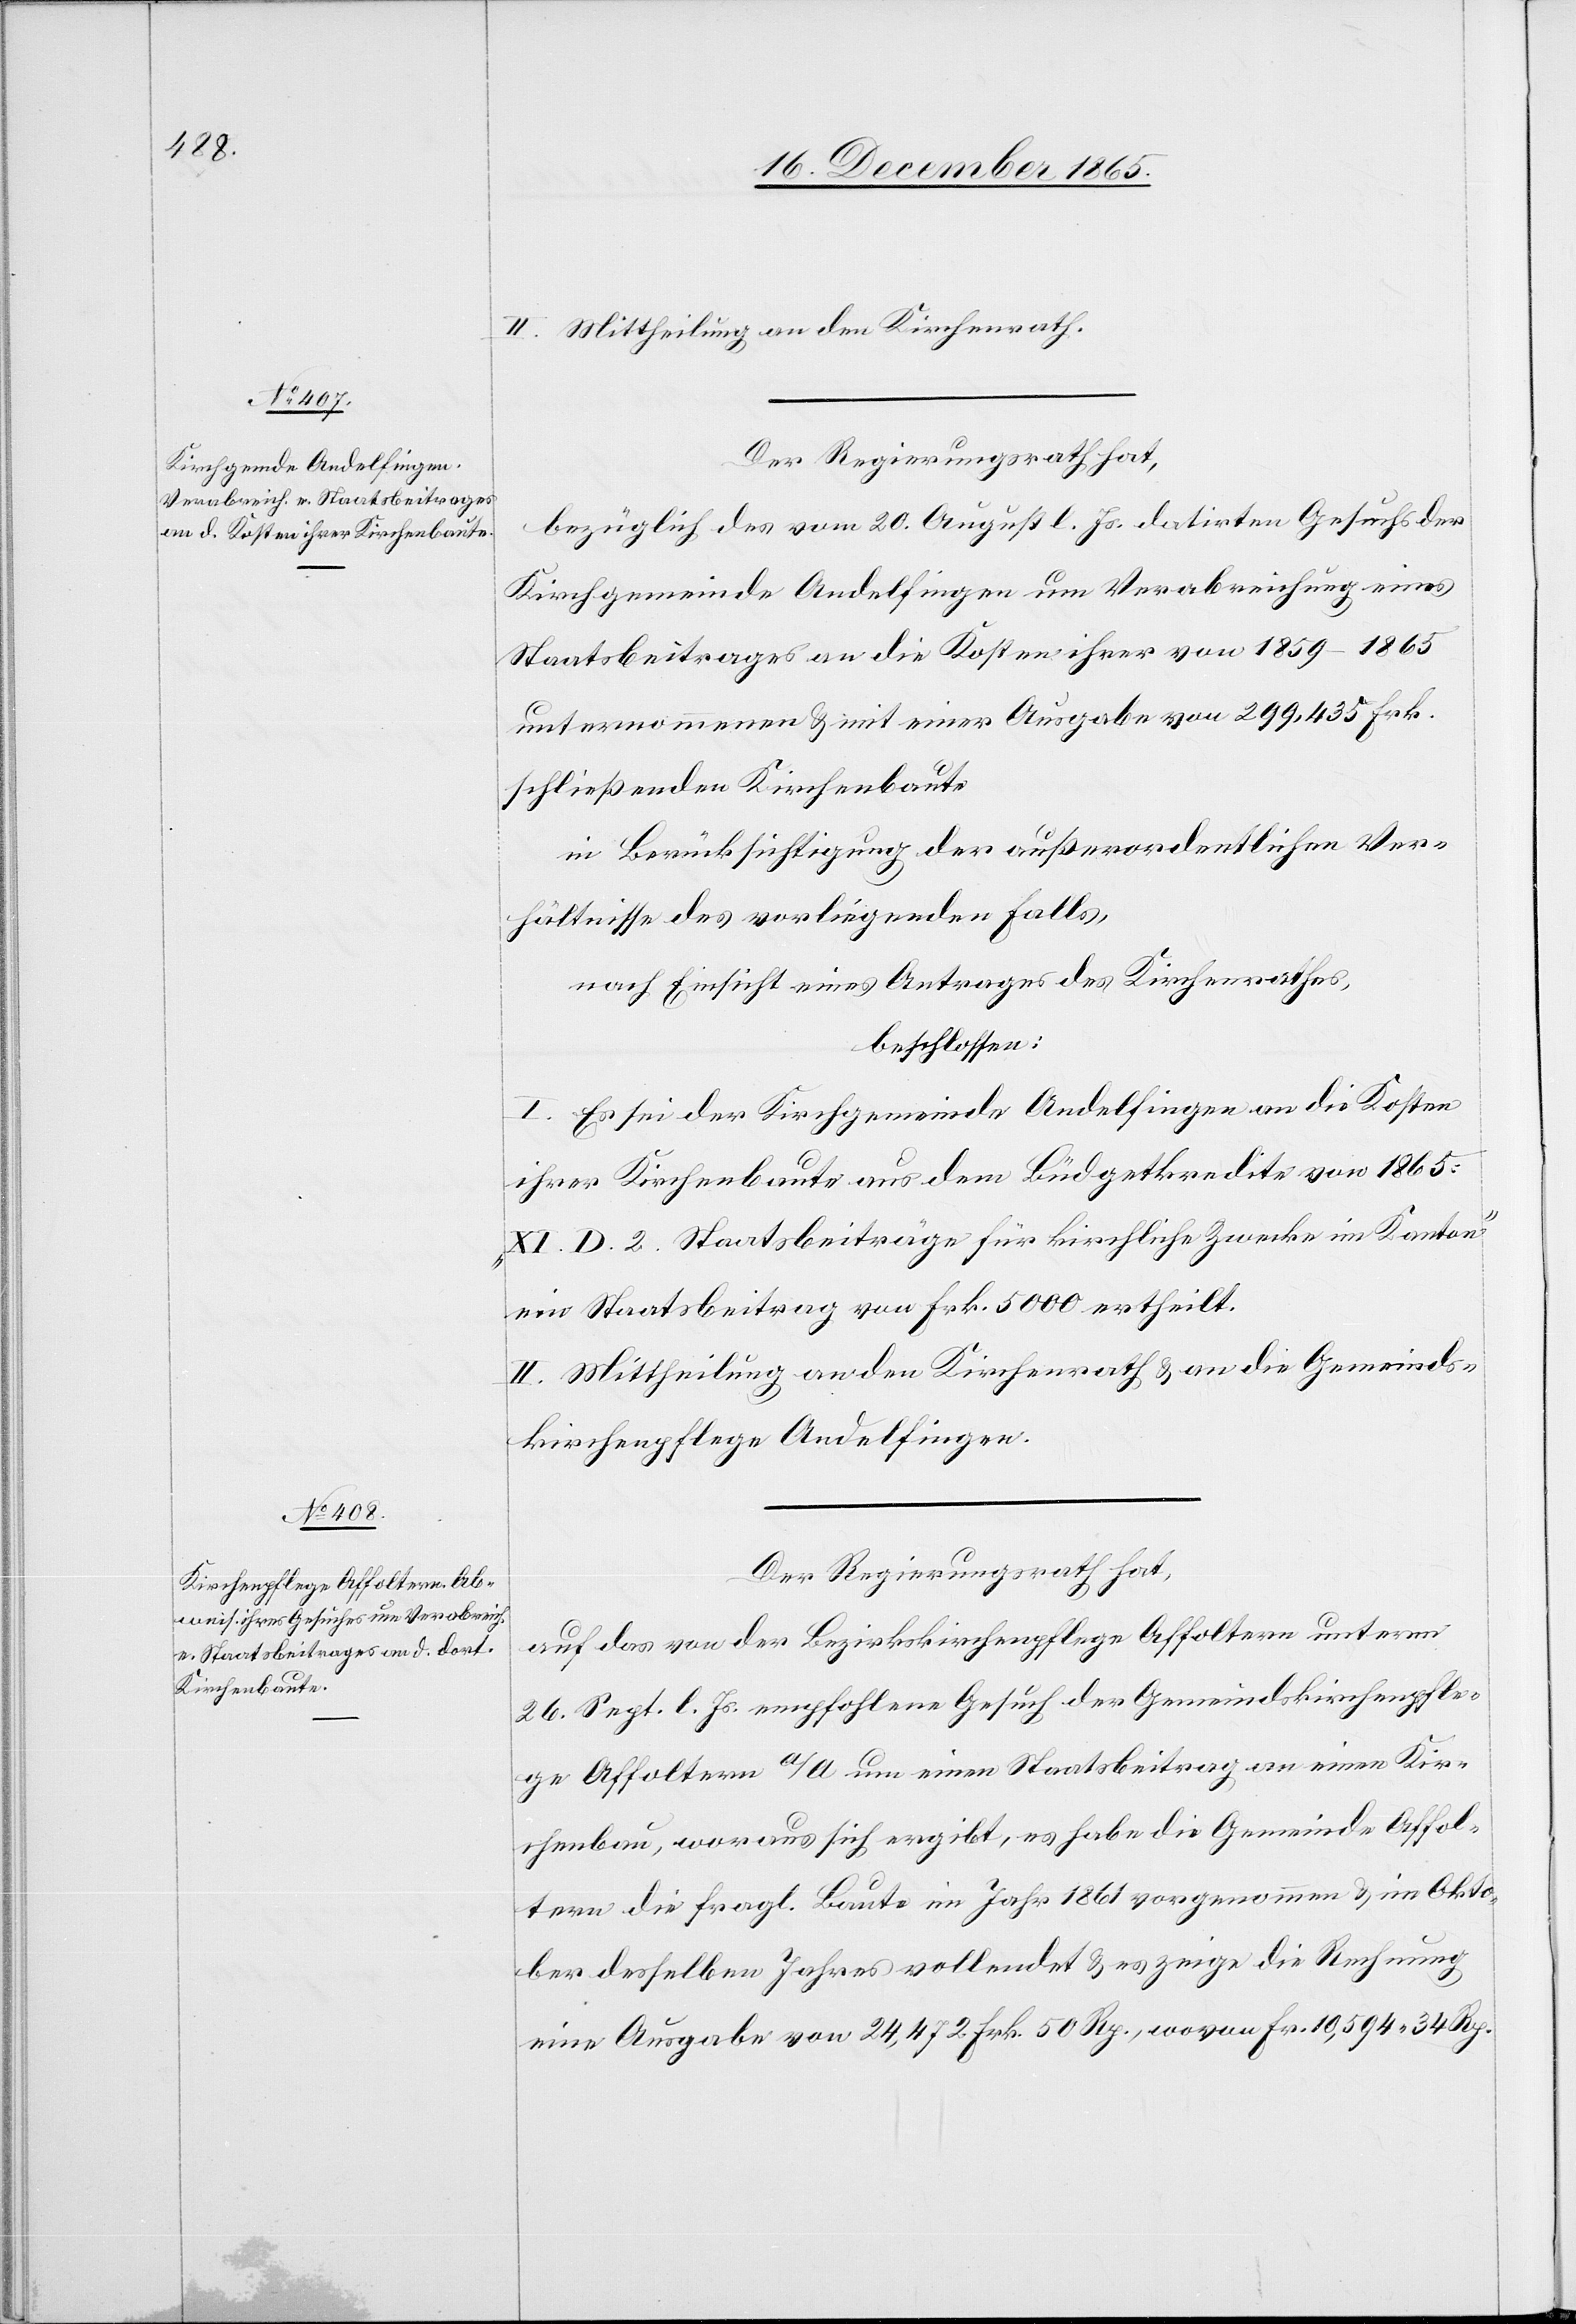
II. Mittheilung an den Kirchenrath.
Der Regierungsrath hat,
bezüglich des vom 20. August l. Js. datirten Gesuchs der
Kirchgemeinde Andelfingen um Verabreichung eines
Staatsbeitrages an die Kosten ihrer von 1858–1865
unternommenen & mit einer Ausgabe von 299,435 Frk.
schließenden Kirchenbaute,
in Berücksichtigung der außerordentlichen Ver¬
hältnisse des vorliegenden Falls,
nach Einsicht eines Antrages des Kirchenrathes,
beschlossen:
I. Es sei der Kirchgemeinde Andelfingen an die Kosten
ihrer Kirchenbaute aus dem Büdgetkredite von 1865:
„XI. D. 2. Staatsbeiträge für kirchliche Zwecke im Kanton“
ein Staatsbeitrag von Frk. 5000 ertheilt.
II. Mittheilung an den Kirchenrath & an die Gemeinds¬
kirchenpflege Andelfingen.
Der Regierungsrath hat,
auf das von der Bezirkskirchenpflege Affoltern unterm
26. Sept. l. Js. empfohlene Gesuch der Gemeindskirchenpfle¬
ge Affoltern a/A. um einen Staatsbeitrag an einen Kir¬
chenbau, woraus sich ergibt, es habe die Gemeinde Affol¬
tern die fragl. Baute im Jahr 1861 vorgenommen & im Okto¬
ber desselben Jahres vollendet & es zeige die Rechnung
eine Ausgabe von 24,472 Frk.50 Rp., wovon Fr. 10,594.34 Rp.